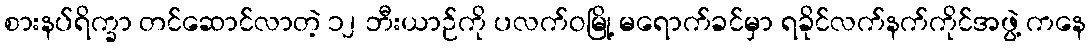
စားနပ်ရိက္ခာ တင်ဆောင်လာတဲ့ ၁၂ ဘီးယာဉ်ကို ပလက်ဝမြို့ မရောက်ခင်မှာ ရခိုင်လက်နက်ကိုင်အဖွဲ့ ကနေ